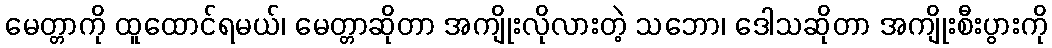
မေတ္တာကို ထူထောင်ရမယ်၊ မေတ္တာဆိုတာ အကျိုးလိုလားတဲ့ သဘော၊ ဒေါသဆိုတာ အကျိုးစီးပွားကို